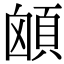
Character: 䪿